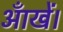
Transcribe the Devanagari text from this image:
आँखें।